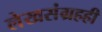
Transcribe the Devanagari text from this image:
लेखसंग्रहही